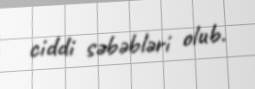
ciddi səbəbləri olub.